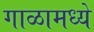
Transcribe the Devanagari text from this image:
गाळामध्ये